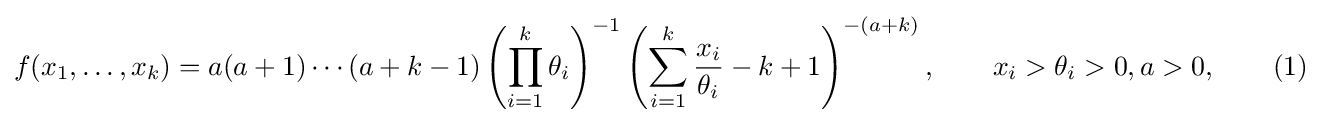
f(x_{1},\dots ,x_{k})=a(a+1)\cdots (a+k-1)\left(\prod _{i=1}^{k}\theta _{i}\right)^{-1}\left(\sum _{i=1}^{k}{\frac {x_{i}}{\theta _{i}}}-k+1\right)^{-(a+k)},\qquad x_{i}>\theta _{i}>0,a>0,\qquad (1)